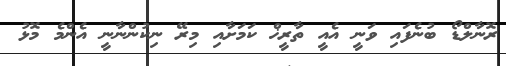
ރޮނާލްޑޯ ބުނެފައި ވަނީ އެއީ ތާރީޚް ކަމަށާއި މިރޭ ނިކުންނާނީ އެންމެ މޮޅު